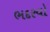
ભદરવો